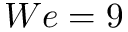
W e = 9